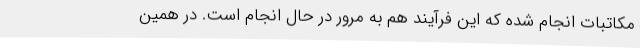
مکاتبات انجام شده که این فرآیند هم به مرور در حال انجام است. در همین